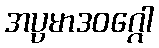
အပ္ပမာဒဝဂ္ဂေါ